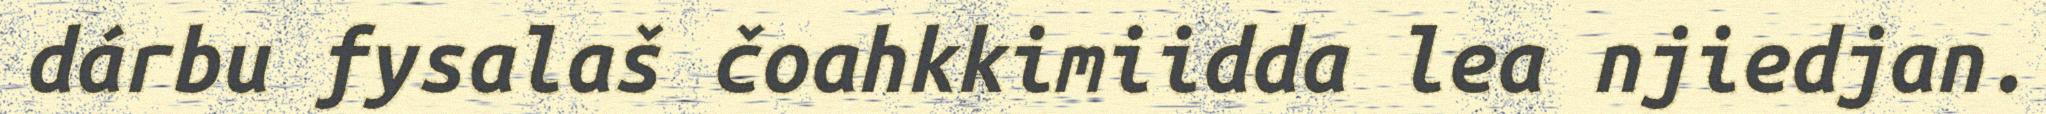
dárbu fysalaš čoahkkimiidda lea njiedjan.